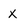
Character: x